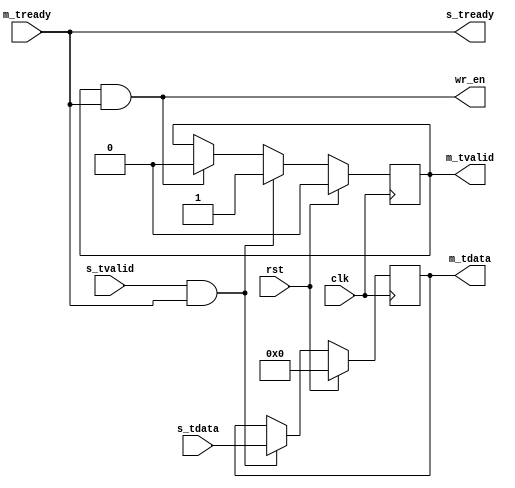
// use as axi stream to fifo
// output port
// wr_en      write fifo enable 
// m_tdata    write fifo data
// m_tready   write fifo full reversal

// use as axi stream to axi stream
// output port
// m_tvalid   axi stream valid
// m_tdata    axi stream data
// m_tready   axi stream ready

`timescale 1ns/1ps
module axis2fifo
  (
   /*AUTOARG*/
   // Outputs
   wr_en, m_tvalid, m_tdata, s_tready,
   // Inputs
   clk, rst, m_tready, s_tdata, s_tvalid
   );

   parameter C_DATA_W = 16;

   input clk;
   input rst;
   output wr_en;
   output m_tvalid;
   output [C_DATA_W-1:0] m_tdata;
   input 		 m_tready;

   input [C_DATA_W-1:0]  s_tdata;
   input 		 s_tvalid;
   output 		 s_tready;

   reg [C_DATA_W-1:0] 	 m_tdata;
   reg 			 m_tvalid;
   wire 		 s_valid;
   wire 		 m_valid;

   assign s_valid = s_tvalid & s_tready;
   assign m_valid = m_tvalid & m_tready;
   assign s_tready = m_tready;
   assign wr_en = m_valid;

   always@(posedge clk)
     begin
	if(rst)
	  m_tvalid <= #1 {C_DATA_W{1'h0}};
  	else if(s_valid)
	  m_tvalid <= #1 1'h1;
  	else if(m_valid)
	  m_tvalid <= #1 1'h0;
     end

   always@(posedge clk)
     begin
	if(rst)
	  m_tdata <= #1 {C_DATA_W{1'h0}};
  	else if(s_valid)
	  m_tdata <= #1 s_tdata;
     end

endmodule